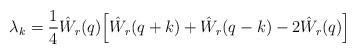
LaTeX: \begin{align*} \lambda_k = \frac 14 \hat W_r(q) \Big[ \hat W_r(q+k) + \hat W_r(q-k) -2 \hat W_r(q)\Big]\end{align*}